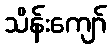
သိန်းကျော်